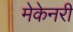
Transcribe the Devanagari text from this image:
मेकेनरी